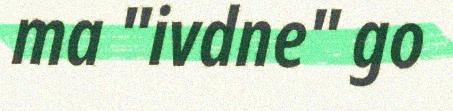
ma "ivdne" go